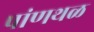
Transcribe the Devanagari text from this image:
पांणथळ